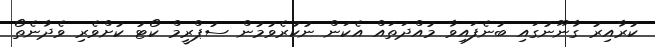
ކުރާއިރު ގާނޫނުގައި ބުނެފައިވާ މުއްދަތައް އެކަން ނުކުރެވުމުން ސުޕްރީމް ކޯޓު ކުށްވެރި ވެދާނެތޯ